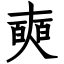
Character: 奭